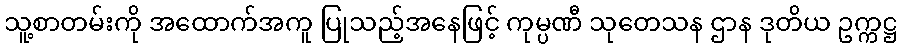
သူ့စာတမ်းကို အထောက်အကူ ပြုသည့်အနေဖြင့် ကုမ္ပဏီ သုတေသန ဌာန ဒုတိယ ဥက္ကဋ္ဌ